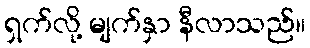
ရှက်လို့ မျက်နှာ နီလာသည်။